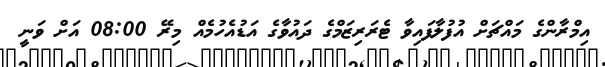
އިމްރާންގެ މައްޗަށް އުފުލާފައިވާ ޓެރަރިޒަމްގެ ދައުވާގެ އަޑުއެހުމެއް މިރޭ 08:00 އަށް ވަނީ